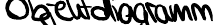
Objektdiagramm